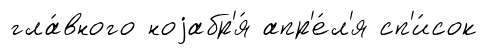
гла́вного ноjабр'я́ апр'е́л'я сп'и́сок